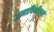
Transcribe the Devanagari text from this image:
रामापिथीकस